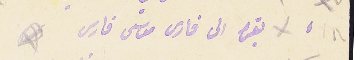
١٨ بقره الى فارس موسى فارس